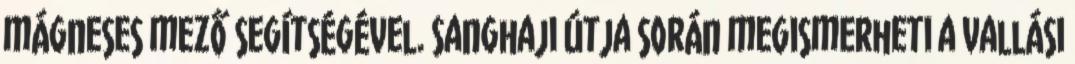
mágneses mező segítségével. Sanghaji útja során megismerheti a vallási